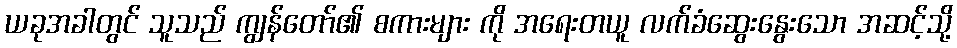
ယခုအခါတွင် သူသည် ကျွန်တော်၏ စကားများ ကို အရေးတယူ လက်ခံဆွေးနွေးသော အဆင့်သို့